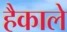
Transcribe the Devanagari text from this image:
हैकाले